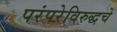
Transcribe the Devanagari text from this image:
परंपरेविरुद्धचे